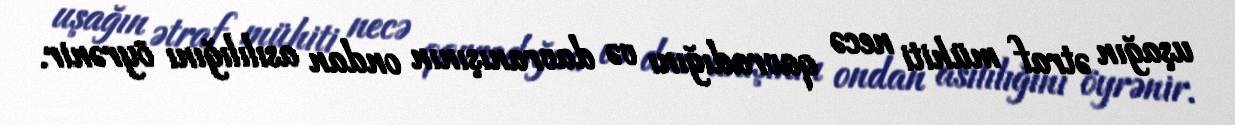
uşağın ətraf mühiti necə qavradığını və davranışının ondan asılılığını öyrənir.